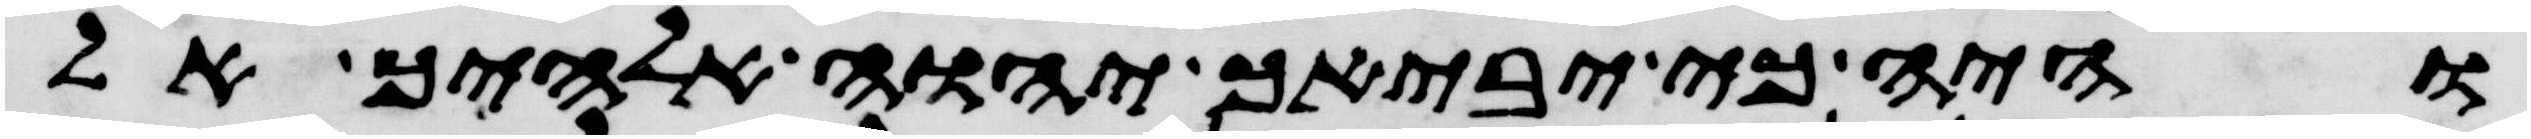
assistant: והיה כי יביאך יהוה אלהיך אל